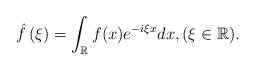
LaTeX: \begin{align*} \hat{f}\left(\xi \right)=\int_{\mathbb{R}} f(x)e^{-i\xi x}dx, (\xi\in \mathbb{R}).\end{align*}